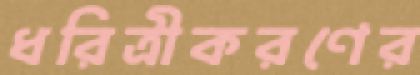
ধরিত্রীকরণের